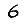
Digit: 6